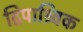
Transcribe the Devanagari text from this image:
द्विपाश्र्विक